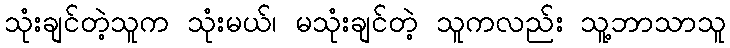
သုံးချင်တဲ့သူက သုံးမယ်၊ မသုံးချင်တဲ့ သူကလည်း သူ့ဘာသာသူ